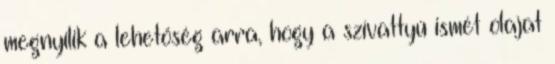
megnyílik a lehetőség arra, hogy a szívattyú ismét olajat